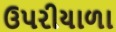
ઉપરીયાળા